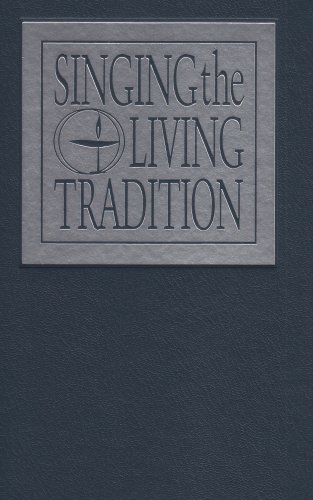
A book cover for Singing the Living Tradition; Unitarian Universalist Association; Religion & Spirituality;